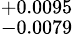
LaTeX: ^{+0.0095}_{-0.0079}